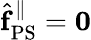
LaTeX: \hat{\mathbf{f}}_{\mathrm{PS}}^{\| }=\mathbf{0}